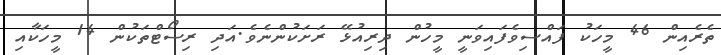
ތެރެއިން 46 މީހަކު ފައްސިވެފައިވަނީ މީހުން ދިރިއުޅޭ ރަށަކުންނެވެ.އަދި ރިސޯޓްތަކުން 14 މީހަކާއި